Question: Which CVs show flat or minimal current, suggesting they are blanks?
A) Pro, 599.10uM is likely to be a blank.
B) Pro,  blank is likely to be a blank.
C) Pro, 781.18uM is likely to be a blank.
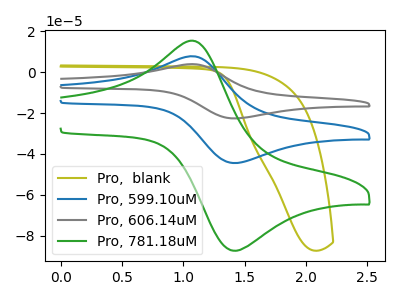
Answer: <think>The olive curve "Pro,  blank" has no peaks. The blue curve "Pro, 599.10uM" has an anodic peak at (1.10V, 7.65uA) and a cathodic peak at (1.45V, -44.45uA). The gray curve "Pro, 606.14uM" has an anodic peak at (1.10V, 15.35uA) and a cathodic peak at (1.45V, -88.90uA). The green curve "Pro, 781.18uM" has an anodic peak at (1.10V, 15.10uA) and a cathodic peak at (1.45V, -87.35uA).</think>
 <answer>B) "Pro,  blank" is likely to be a blank.</answer>
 <eval>B</eval>